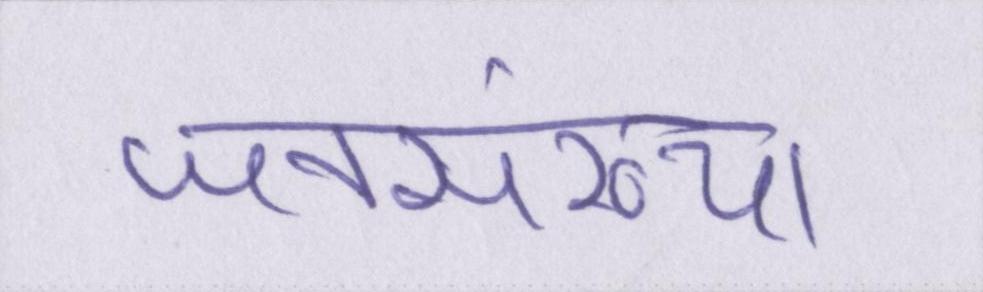
जनसंख्या